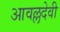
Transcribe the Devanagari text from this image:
आवल्लदेवी